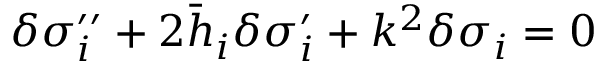
\delta \sigma _ { i } ^ { \prime \prime } + 2 \bar { h } _ { i } \delta \sigma _ { i } ^ { \prime } + k ^ { 2 } \delta \sigma _ { i } = 0